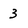
Character: 3